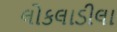
લોકલાડીલા